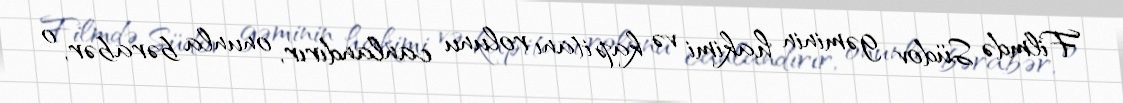
Filmdə Südov gəminin hakimi və kapitanı rolunu canlandırır, onunla bərabər, o